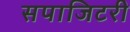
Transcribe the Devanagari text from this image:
सपाजिटरी